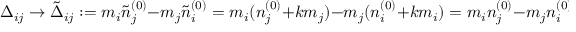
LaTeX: \Delta _ { i j } \to \tilde { \Delta } _ { i j } : = m _ { i } \tilde { n } _ { j } ^ { ( 0 ) } - m _ { j } \tilde { n } _ { i } ^ { ( 0 ) } = m _ { i } ( n _ { j } ^ { ( 0 ) } + k m _ { j } ) - m _ { j } ( n _ { i } ^ { ( 0 ) } + k m _ { i } ) = m _ { i } n _ { j } ^ { ( 0 ) } - m _ { j } n _ { i } ^ { ( 0 ) } = \Delta _ { i j } \; ,